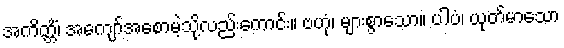
အကိတ္တိံ၊ အကျော်အစောမဲ့သို့လည်းကောင်း။ ဗဟုံ၊ များစွာသော။ ပါပံ၊ ယုတ်မာသော